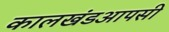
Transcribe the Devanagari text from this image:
कालखंडआपसी